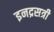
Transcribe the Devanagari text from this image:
इनद्रसत्री